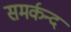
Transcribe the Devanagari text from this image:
समर्कन्द